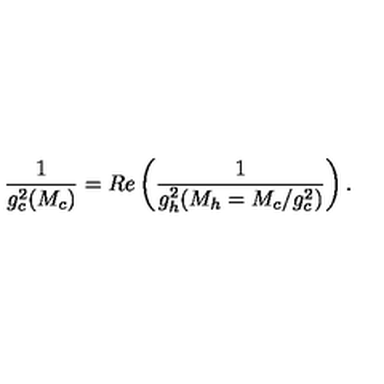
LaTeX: \frac { 1 } { g _ { c } ^ { 2 } ( M _ { c } ) } = R e \left( \frac { 1 } { g _ { h } ^ { 2 } ( M _ { h } = M _ { c } / g _ { c } ^ { 2 } ) } \right) .